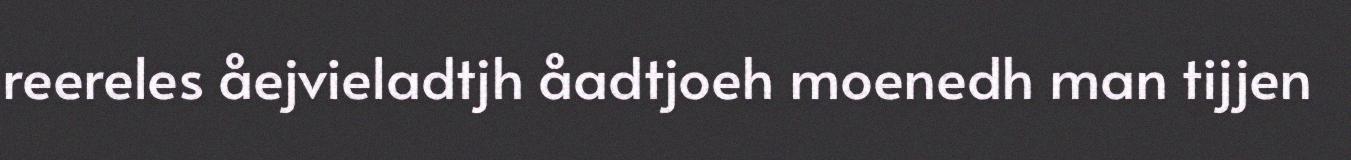
reereles åejvieladtjh åadtjoeh moenedh man tijjen